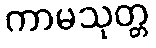
ကာမသုတ္တ